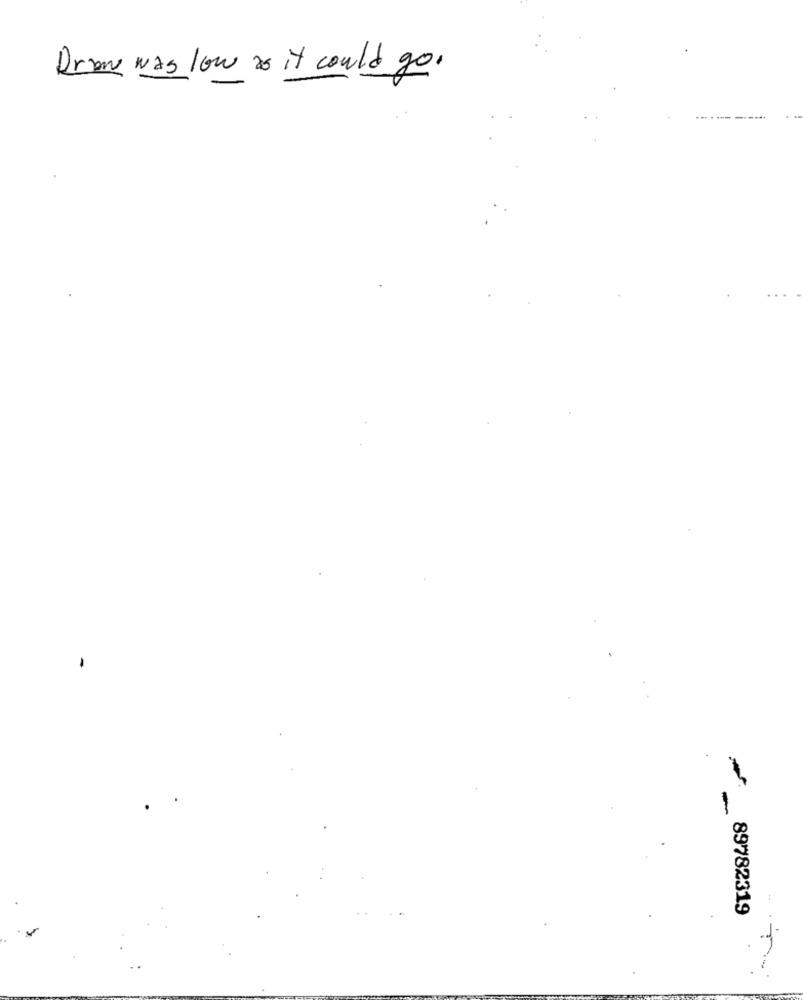
Drie was low as it could go.
-
89782319